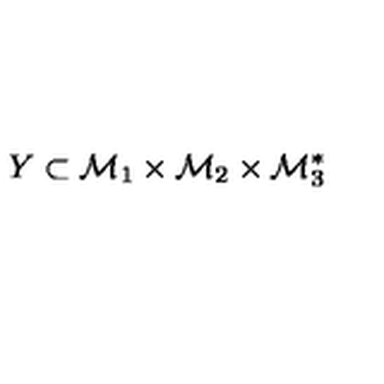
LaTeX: Y \subset { \cal M } _ { 1 } \times { \cal M } _ { 2 } \times { \cal M } _ { 3 } ^ { * }